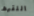
اللقيط